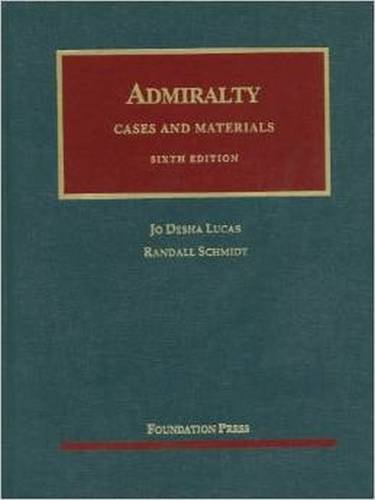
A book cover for Cases and Materials on Admiralty (University Casebook Series); Jo Lucas; Law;